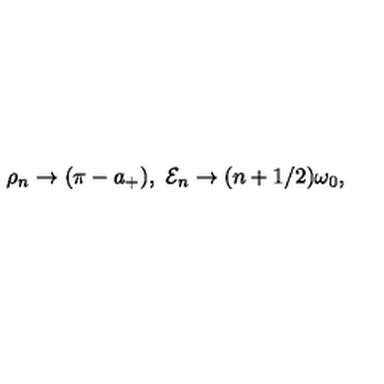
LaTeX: \rho _ { n } \rightarrow ( \pi - a _ { + } ) , \ { \cal E } _ { n } \rightarrow ( n + 1 / 2 ) \omega _ { 0 } ,